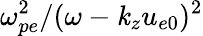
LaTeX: \omega_{pe}^{2}/(\omega-\mathit{k}_{z}u_{e0})^{2}